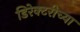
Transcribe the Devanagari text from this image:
डिरेक्टरीच्या